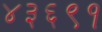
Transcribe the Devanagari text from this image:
४३६९१